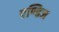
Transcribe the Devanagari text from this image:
एण्डिज